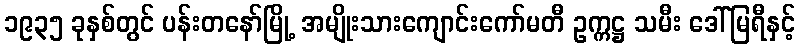
၁၉၃၅ ခုနှစ်တွင် ပန်းတနော်မြို့ အမျိုးသားကျောင်းကော်မတီ ဥက္ကဋ္ဌ သမီး ဒေါ်မြရီနှင့်